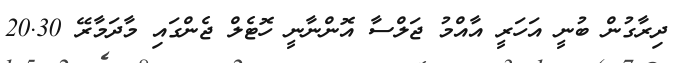
ދިރާގުން ބުނީ އަހަރީ އާއްމު ޖަލްސާ އޮންނާނީ ހޮޓެލް ޖެންގައި މާދަމާރޭ 20.30